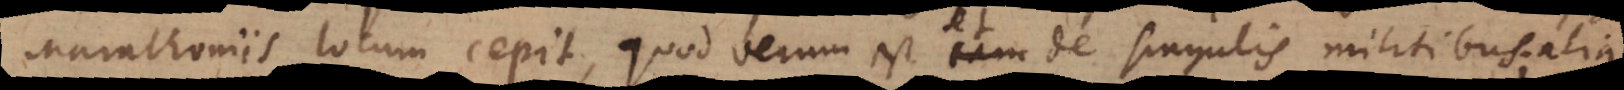
Marathoniis locum cepit, quod verum est tam de singulis militibus; alia